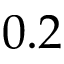
0 . 2